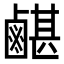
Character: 𪉯